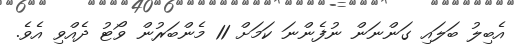
އެބިލު ބަލައި ގަންނަން ނުފެންނަ ކަމަށް 11 މެންބަރުން ވޯޓު ދެއްވި އެވެ.